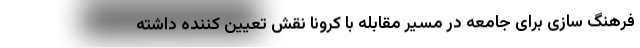
فرهنگ سازی برای جامعه در مسیر مقابله با کرونا نقش تعیین کننده داشته